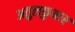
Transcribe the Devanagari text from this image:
अतुलकुमार